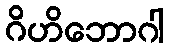
ဂိဟိဘောဂါ